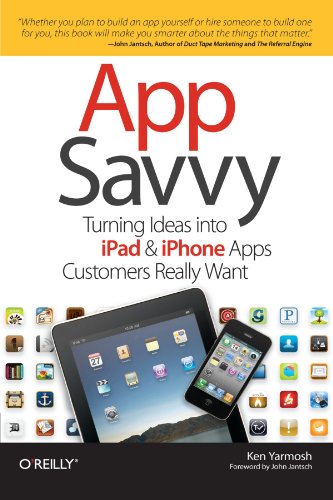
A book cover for App Savvy: Turning Ideas into iPad and iPhone Apps Customers Really Want; Ken Yarmosh; Computers & Technology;